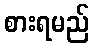
စားရမည်